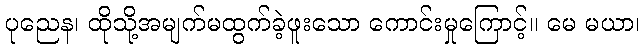
ပုညေန၊ ထိုသို့အမျက်မထွက်ခဲ့ဖူးသော ကောင်းမှုကြောင့်။ မေ မယာ၊